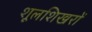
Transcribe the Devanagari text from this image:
शूलशिखरों